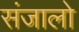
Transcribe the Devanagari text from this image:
संजालो